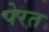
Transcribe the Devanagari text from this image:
पेरत